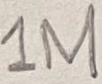
Text: 1M